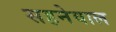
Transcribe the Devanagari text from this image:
सहनेवाल